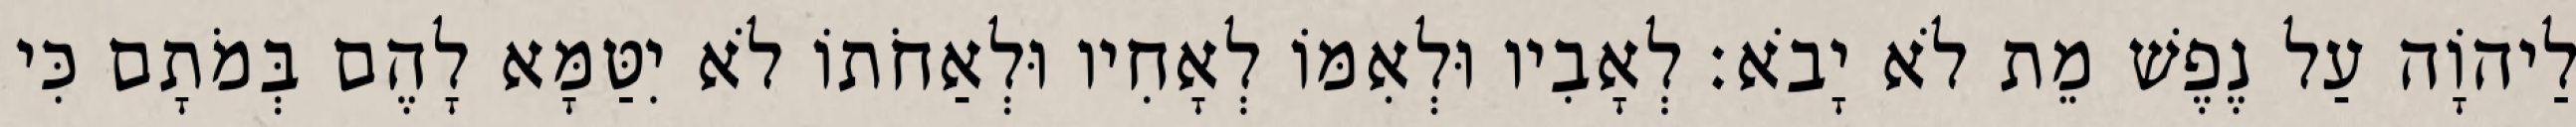
לַיהוָֹה עַל נֶפֶשׁ מֵת לֹא יָבֹא׃ לְאָבִיו וּלְאִמּוֹ לְאָחִיו וּלְאַחֹתוֹ לֹא יִטַּמָּא לָהֶם בְּמֹתָם כִּי